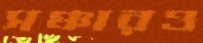
সঞ্চারও